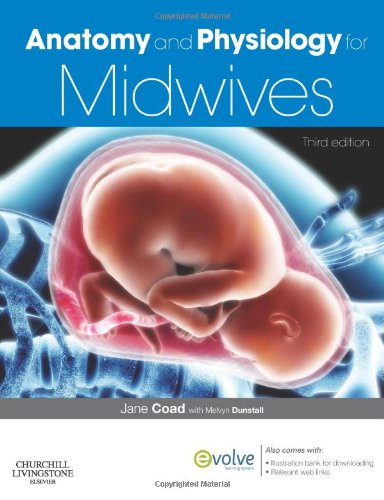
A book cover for Anatomy and Physiology for Midwives, 3e; Jane Coad EIHMS; Medical Books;